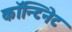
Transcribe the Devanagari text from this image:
काॅन्टिनेट